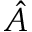
\hat { A }